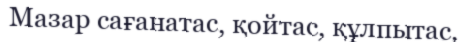
Мазар сағанатас, қойтас, құлпытас,